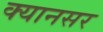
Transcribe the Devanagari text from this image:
क्यानसर